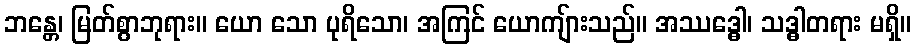
ဘန္တေ၊ မြတ်စွာဘုရား။ ယော သော ပုရိသော၊ အကြင် ယောကျ်ားသည်။ အဿဒ္ဓေါ၊ သဒ္ဓါတရား မရှိ။